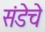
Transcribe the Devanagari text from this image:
संडेचे